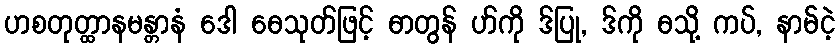
ဟစတုတ္ထာနမန္တာနံ ဒေါ ဓေသုတ်ဖြင့် ဓာတွန် ဟ်ကို ဒ်ပြု, ဒ်ကို ဓသို့ ကပ်, နာမ်ငဲ့